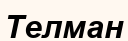
Телман